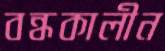
বন্ধকালীন